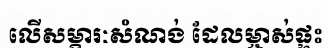
លើសម្ភារៈសំណង់ ដែលម្ចាស់ផ្ទះ